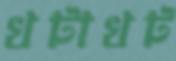
খটাখট